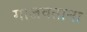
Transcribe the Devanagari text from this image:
गाजवताना